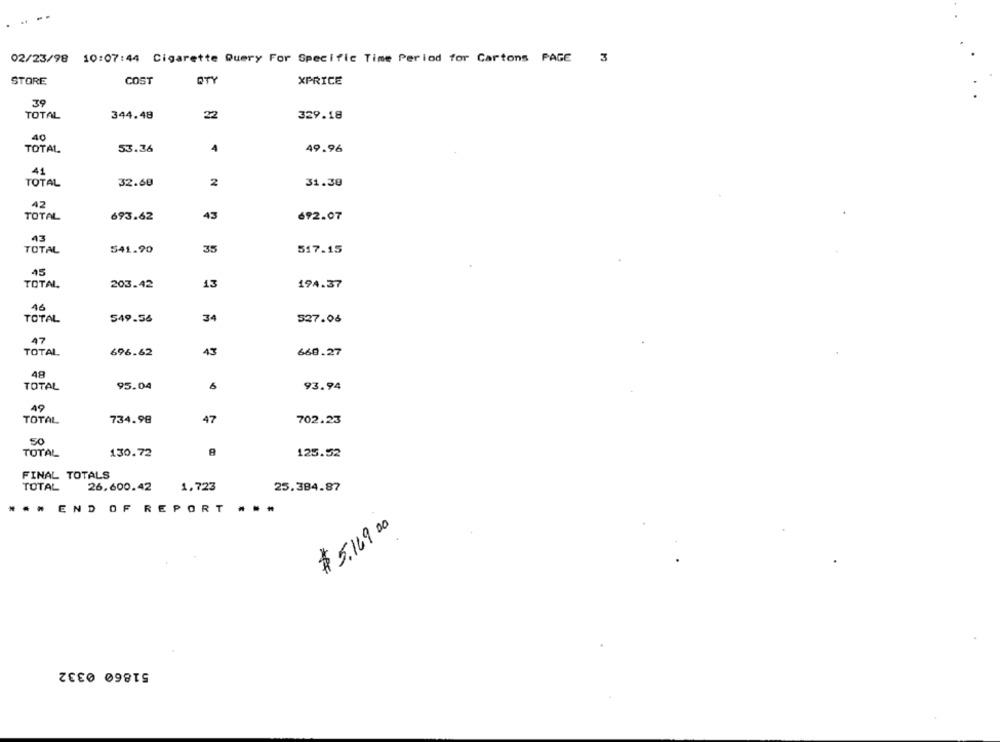
02/23/98 10:07:44 Cigarette Query For Specific Time Period for Cartons PAGE
3
STORE
COST
ATY
XPRICE
39
TOTAL
344.48
22
329.18
40
TOTAL
53.36
4
49.96
41
TOTAL
32.60
2
31.30
42
TOTAL
43
693.62
692.07
43
TOTAL
541.90
35
517.15
45
TOTAL
203.42
13
194.37
46
TOTAL
549.56
34
527.06
47
TOTAL
696.62
43
660.27
48
95.04
TOTAL
93.94
49
TOTAL
734.98
47
702.23
50
TOTAL
130.72
125.52
FINAL TOTALS
TOTAL
26,600.42
1.723
25.384.87
.. .
END OF REPORT ...
$ 5.169 00
51860 0332